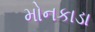
મોનકાડા